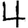
Digit: 4